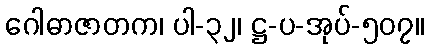
ဂေါဓာဇာတက၊ ပါ-၃၂၊ ဋ္ဌ-ပ-အုပ်-၅၀၇။